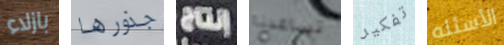
بازلاء جذورها إنتاج تساعدنا تفكير الأسئله